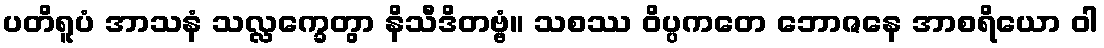
ပတိရူပံ အာသနံ သလ္လက္ခေတွာ နိသီဒိတဗ္ဗံ။ သစဿ ဝိပ္ပကတေ ဘောဇနေ အာစရိယော ဝါ